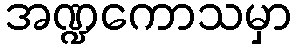
အဏ္ဍကောသမှာ